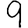
Digit: 9